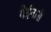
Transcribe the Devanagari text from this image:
येईनासे